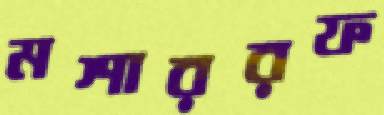
মশাররফ